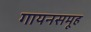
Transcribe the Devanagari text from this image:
गायनसमूह